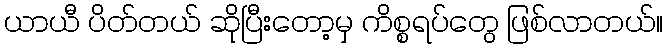
ယာယီ ပိတ်တယ် ဆိုပြီးတော့မှ ကိစ္စရပ်တွေ ဖြစ်လာတယ်။